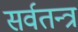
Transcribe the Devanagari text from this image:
सर्वतन्त्र